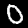
Digit: 0